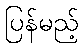
ပြန်မည့်